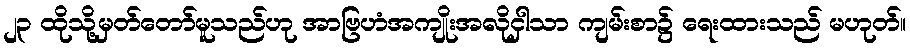
၂၃ ထိုသို့မှတ်တော်မူသည်ဟု အာဗြဟံအကျိုးအလိုငှါသာ ကျမ်းစာ၌ ရေးထားသည် မဟုတ်။